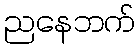
ညနေဘက်